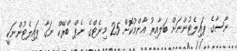
ނާސާގެ ޕައިލެޓުންނަށް ބަލާއިރު އާންމުކޮށް 25 މިނެޓްގެ ނެޕް ބްރޭކް ނަގާ ޕައިލެޓުންނަކީ